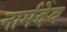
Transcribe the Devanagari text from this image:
नार्मदेव